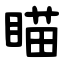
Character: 瞄